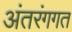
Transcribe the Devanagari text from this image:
अंतरंगगत